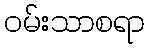
ဝမ်းသာစရာ